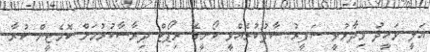
އަލީ ވަހީދު ވިދާޅުވީ ސަފީރު ސާފުކުރެއްވީ ކޯނީގެ ރިޕޯޓް ދިރާސާކުރުމަށް ކޮމެޓީން ކުރާ